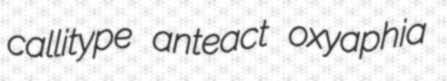
callitype anteact oxyaphia